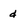
Character: d